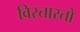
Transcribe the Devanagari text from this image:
विस्तारतो